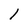
Character: 1